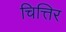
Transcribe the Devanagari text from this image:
चित्तिर